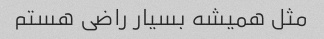
مثل همیشه بسیار راضی هستم